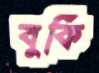
বুকি